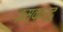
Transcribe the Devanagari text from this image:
इस्कार्दु